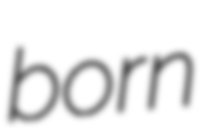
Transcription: born